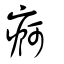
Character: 痾